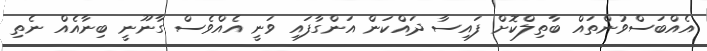
އެއްބަސްވުންތައް ބާތިލްކޮށް ފައިސާ ދައްކަން އަންގާފައި ވަނީ އެއްވެސް ގާނޫނީ ބިނާއެއް ނެތި